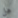
هل